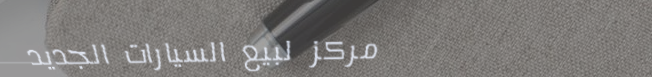
مركز لبيع السيارات الجديد